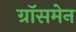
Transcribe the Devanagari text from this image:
ग्रॉसमेन